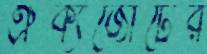
ঐক্যজোটের